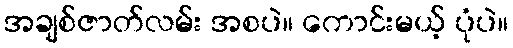
အချစ်ဇာတ်လမ်း အစပဲ။ ကောင်းမယ့် ပုံပဲ။